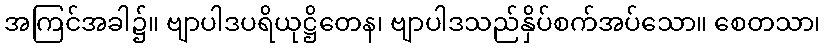
အကြင်အခါ၌။ ဗျာပါဒပရိယုဋ္ဌိတေန၊ ဗျာပါဒသည်နှိပ်စက်အပ်သော။ စေတသာ၊